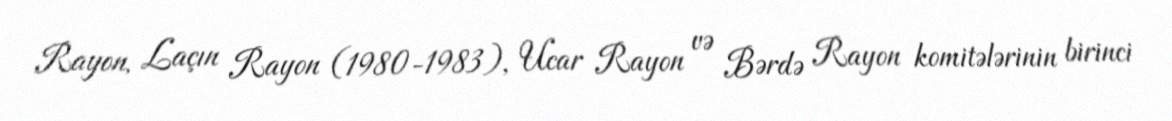
Rayon, Laçın Rayon (1980-1983), Ucar Rayon və Bərdə Rayon komitələrinin birinci